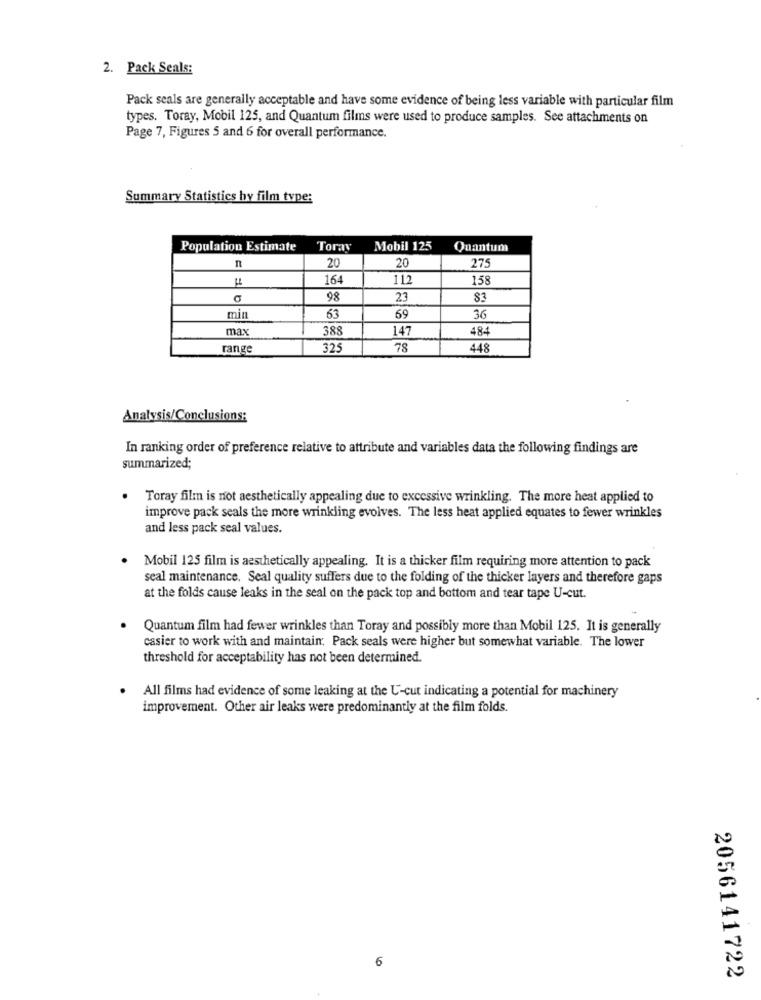
2. Pack Seals:
Pack seals are generally acceptable and have some evidence of being less variable with particular film
types. Toray, Mobil 125, and Quantum films were used to produce samples. See attachments on
Page 7, Figures 5 and 6 for overall performance.
Summary Statistics hy film type:
Population Estimate
Toray
Mobil 125
Quantum
n
20
275
20
164
112
158
98
23
83
min
63
69
36
max
388
147
484
range
325
78
448
Analysis/Conclusions:
In ranking order of preference relative to attribute and variables data the following findings are
summarized;
. Toray film is not aesthetically appealing due to excessive wrinkling. The more heat applied to
improve pack seals the more wrinkling evolves. The less heat applied equates to fewer wrinkles
and less pack seal values.
Mobil 125 film is aesthetically appealing. It is a thicker film requiring more attention to pack
seal maintenance. Seal quality suffers due to the folding of the thicker layers and therefore gaps
at the folds cause leaks in the seal on the pack top and bottom and tear tape U-cut.
Quantum film had fewer wrinkles than Toray and possibly more than Mobil 125. It is generally
casier to work with and maintain. Pack seals were higher but somewhat variable. The lower
threshold for acceptability has not been determined.
All films had evidence of some leaking at the U-cut indicating a potential for machinery
improvement. Other air leaks were predominantly at the film folds.
6
2056141722